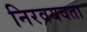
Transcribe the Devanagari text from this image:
निरवयवता